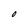
Character: 0